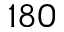
1 8 0